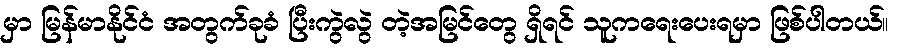
မှာ မြန်မာနိုင်ငံ အတွက်ခုခံ ပြီးကွဲလွဲ တဲ့အမြင်တွေ ရှိရင် သူကရေးပေးရမှာ ဖြစ်ပါတယ်။